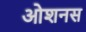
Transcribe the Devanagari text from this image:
ओशनस